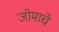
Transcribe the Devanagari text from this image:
जोमाचे